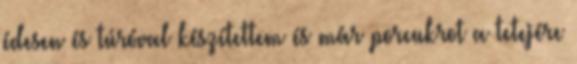
édesen és túróval készítettem és már porcukrot a tetejére